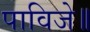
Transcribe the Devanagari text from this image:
पाविजे॥